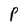
Character: P